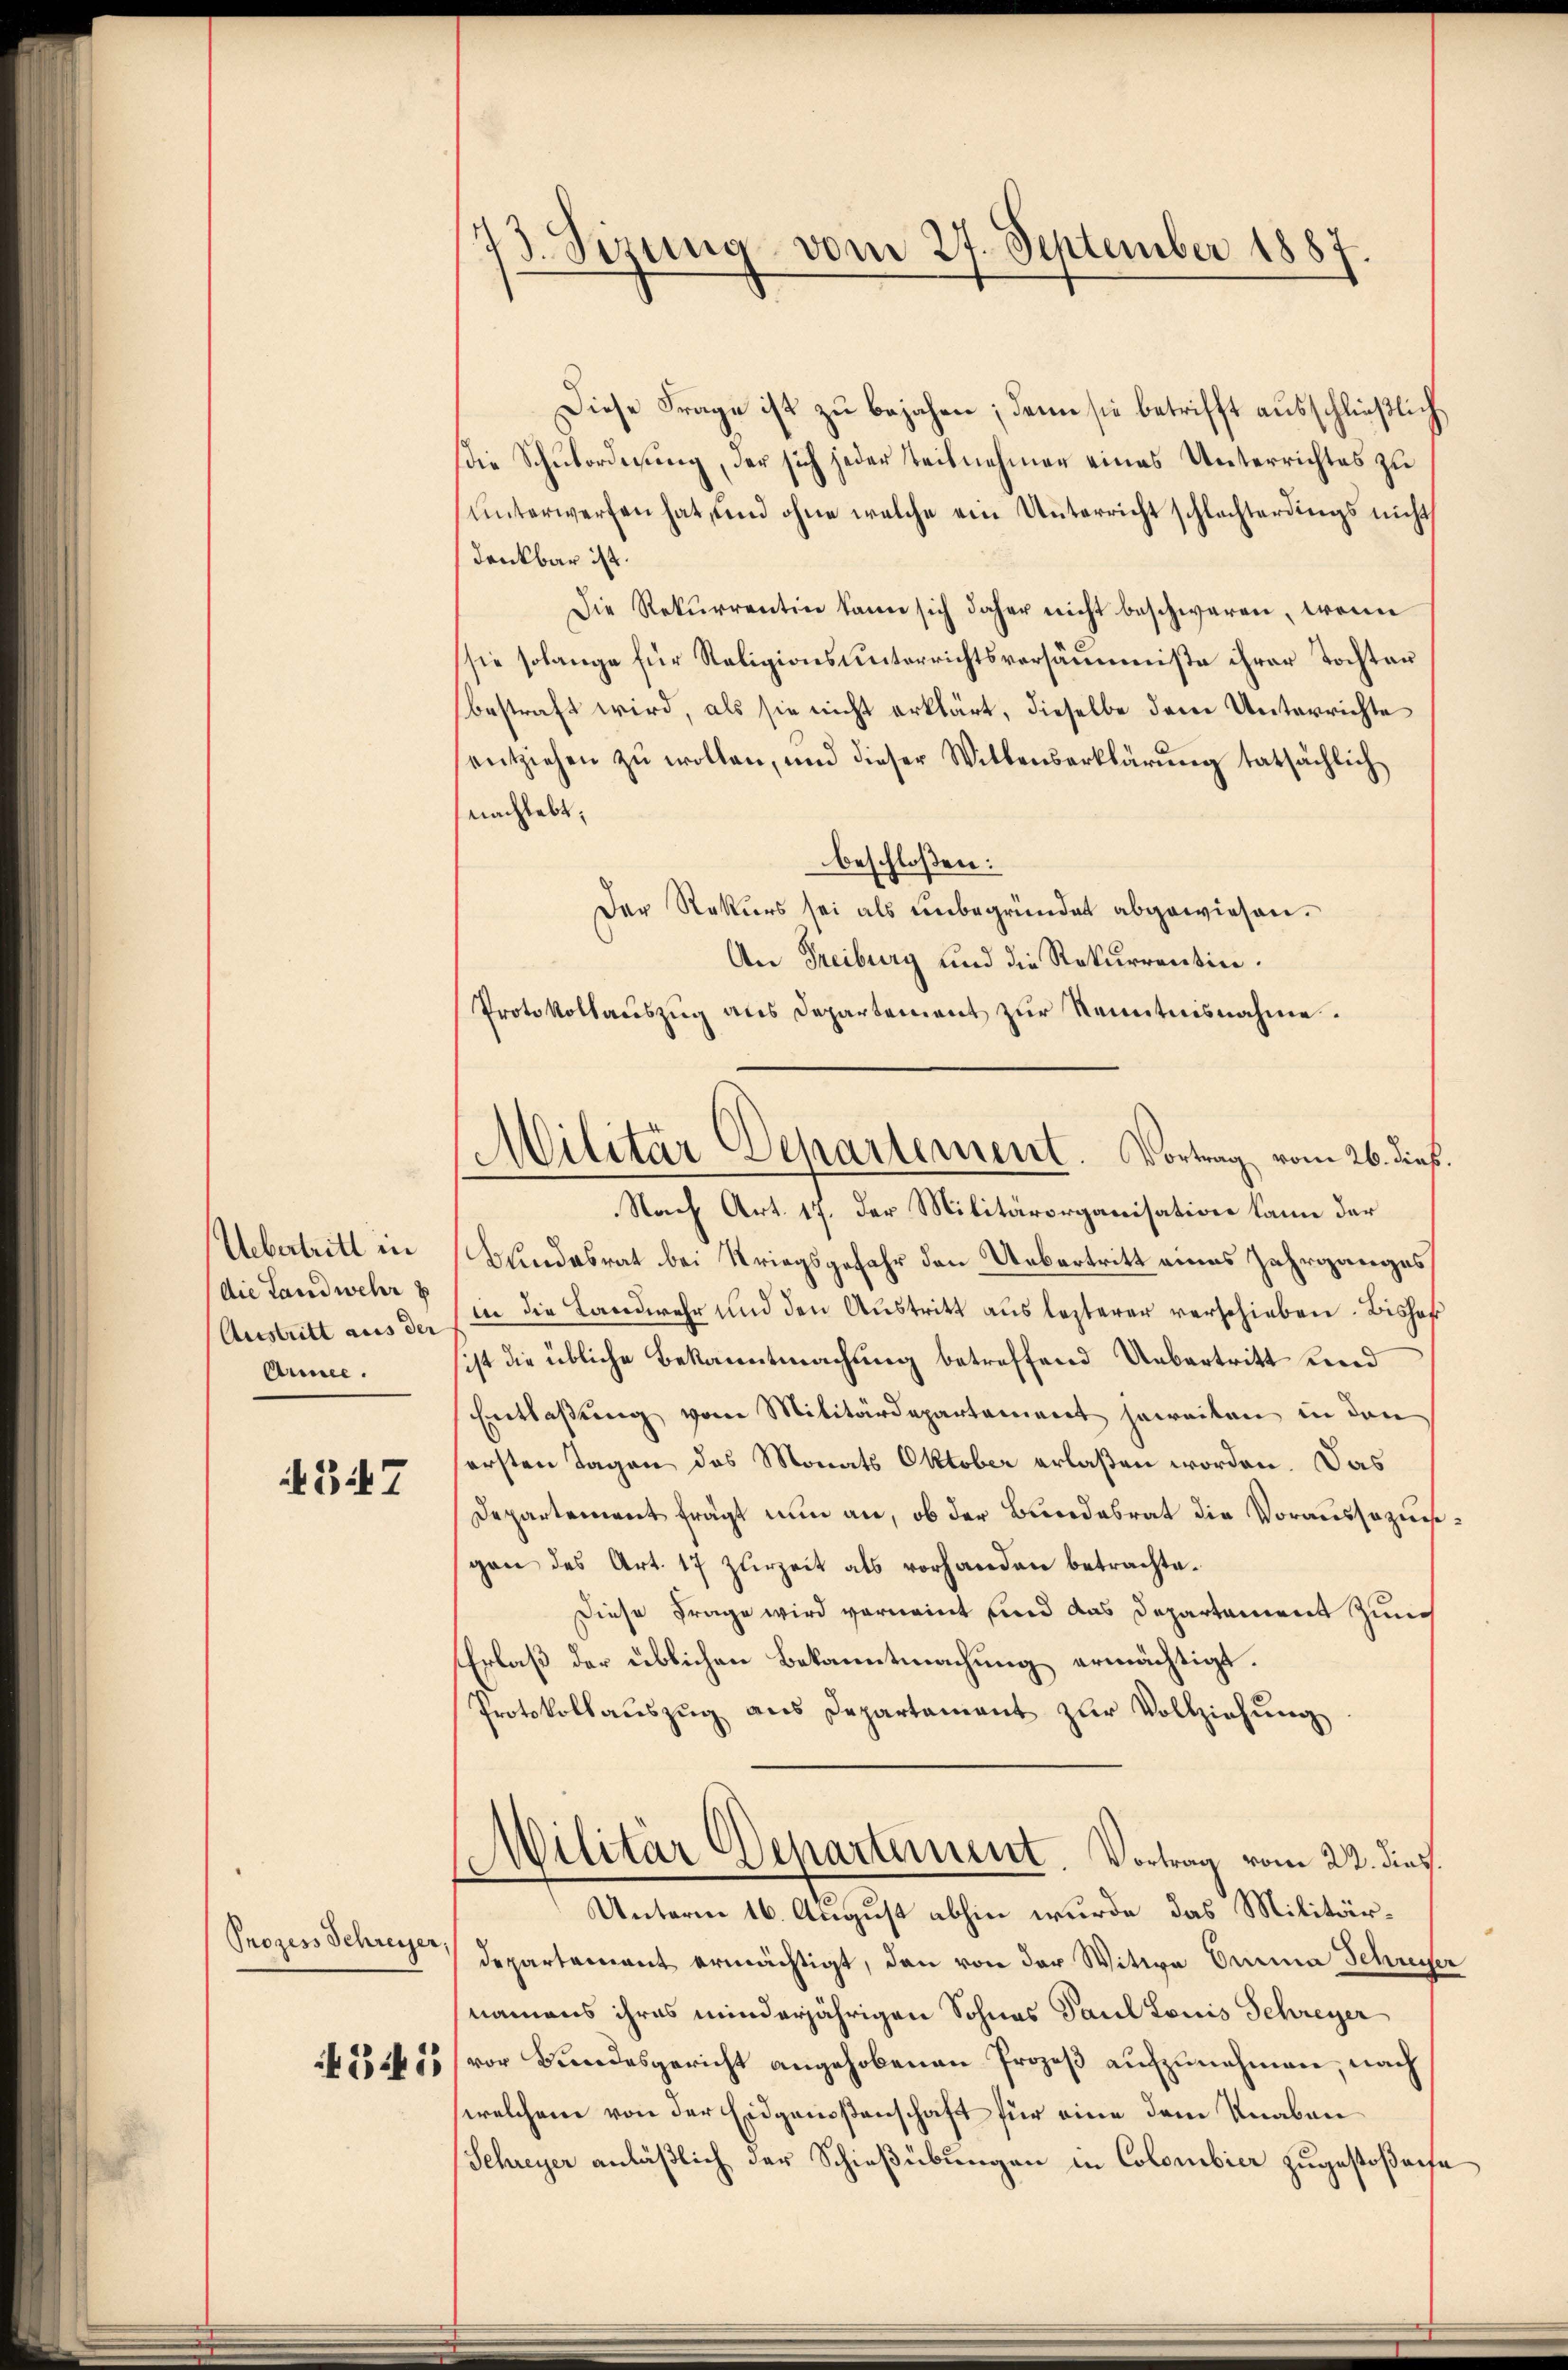
Uebertritt in
die Landwehr
Austritt aus der
Armee.

Bi7

Prozess Schreyer,

345

73. Sizung vom 27. September 1887

Militär Departement. Vortrag vom 26. dieß.

Diese Frage ist zu bejahen; denn sie betrifft ausschließlich
die Schubordnung, der sich jeder Teilnehmer eines Unterrichtes zu
unterwerfen hat, und ohne welche ein Unterricht schlachterdings nicht
denkbar ist.
Die Rekurrentin kann sich daher nicht beschwaren, wenn
sie solange für Religionsunterrichtsversäumniße ihrer Tochten
bestraft wird, als sie nicht erklärt, dieselbe dem Unterrichte
entziehen zŭ wollen, und dieser Willenserklärung tatsächlich
nachhabt;
beschloßen:
Der Rekurs sei als unbegründet abgewiesen.
An Freiburg und die Rekurrentin.
Protokollaŭszŭg als Departement zŭr Kenntnisnahme.
Nach Art. 17. der Militärorganisation kann der
Bundesrat bei Kriegsgefahr den Uebertritt eines Jahrganges
in die Landwehr und den Austritt aus lezterer verschieben. Bisher
sist die übliche Bekanntmachung betreffend Uebertritt und
Entlaßung vom Militärdepartement jeweiten in den
ersten Tagen des Monats Oktober erlaßen worden. Das
Departement frägt nun an, ob der Bundesrat die Voraussezesgen des Art. 17 zurzeit als vorhanden betrachte¬
Diese Frage wird vornennt und das Departement zunch
Erlaß der üblichen Bekanntmachung ermächtigt.
Protokollauszug aus Departament zur Vollziehung
Militär Departement. Vortrag vom 22. dies
Unterne 16. August abhin wurde das Militär¬
Departement ermächtigt, den von der Witwe Omina Schreifer
namens ihres minderjährigen Sohnes Paul Louis Schreyer
vor Bundesgericht angehobenen Prozeß aufzunehmen, nach
welchem von der Eidgenoßenschaft für eine dem Knaben
Schreyer anläßlich der Schießübungen in Colombier zugestoßense